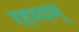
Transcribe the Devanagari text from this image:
रहस्यम्